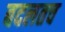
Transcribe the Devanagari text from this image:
बदलतच